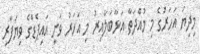
މިދިޔަ އަހަރުގެ މި މުއްދަތާ އަޅާބަލާއިރު މި އަހަރު ވަނީ އައިޕެޑްގެ ވިޔަފާރި